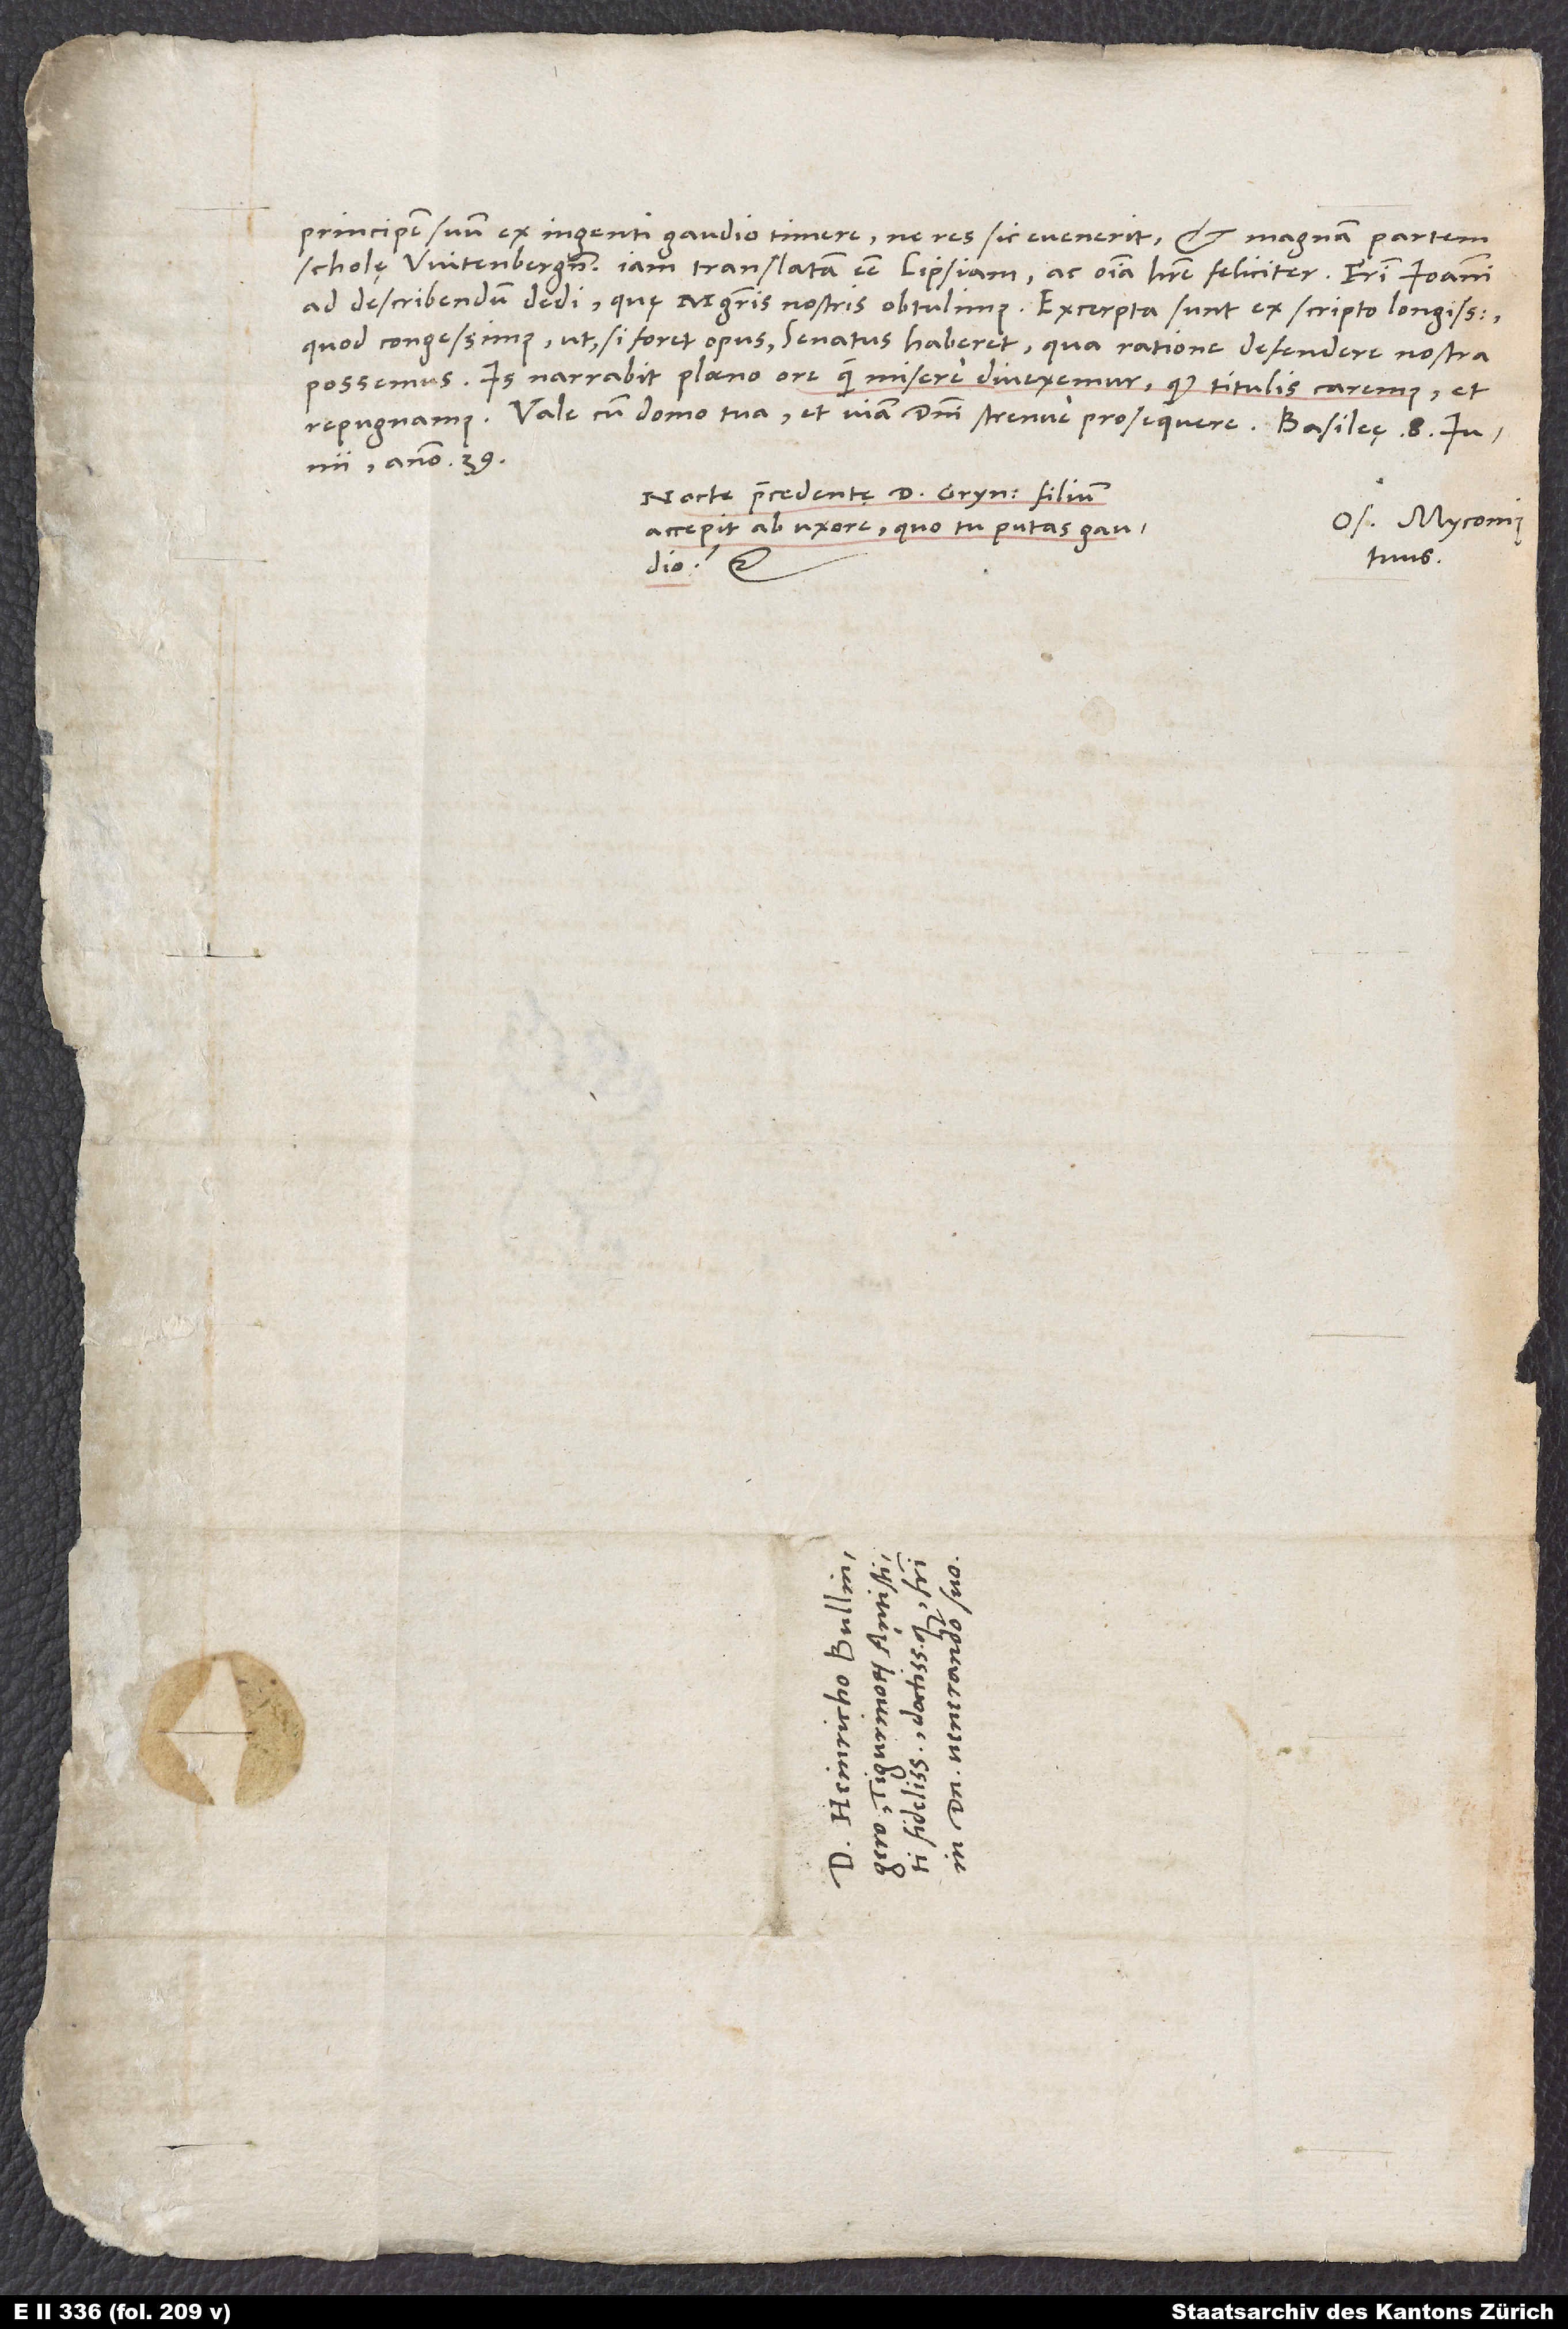
principem suum ex ingenti gaudio timere, ne res sic evenerit, et magnam partem
scholę Witenbergensis iam translatam esse Lipsiam ac omnia habere feliciter.
ad describendum dedi, quę magistris nostris obtulimus. Excerpta sunt ex scripto longissimo,
quod congessimus, ut, si foret opus, senatus haberet, qua ratione defendere nostra
possemus. Is narrabit ploeno ore, quam misere diveximur, quod titulis caremus et
Vale cum domo tua et viam domini strenue prosequere. Basileę, 8.
anno 39.
Nocte praecedente d. Grynaeus filium
Os. Myconius
accepit ab uxore, quo tu putas gaudio!
tuus.
etc.
S.